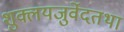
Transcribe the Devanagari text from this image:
शुक्लयजुर्वेदतथा